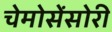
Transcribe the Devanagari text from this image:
चेमोसेंसोरी